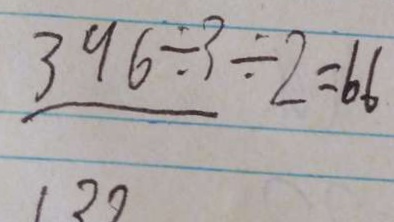
\frac { 3 9 6 \div 3 \div 2 } { 1 3 2 } = 2 6 6